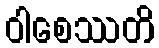
ဝါစေဿတိ